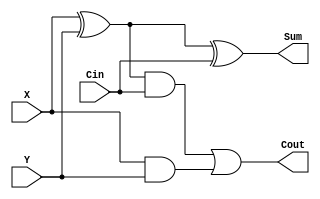
`timescale 1ns / 1ps
//////////////////////////////////////////////////////////////////////////////////
// Company: 
// Engineer: 
// 
// Design Name: 
// Module Name: full_adder
// Project Name: 
// Target Devices: 
// Tool Versions: 
// Description: 
// 
// Dependencies: 
// 
// Revision:
// Revision 0.01 - File Created
// Additional Comments:
// 
//////////////////////////////////////////////////////////////////////////////////


module full_adder (
    input X, input Y, input Cin,
    output Sum, output Cout
);
    wire w0,w1,w2;

    xor xor0(w0,X,Y);
    xor xor1(Sum,w0,Cin);
    and and0(w1,X,Y);
    and and1(w2,w0,Cin);
    or   or0(Cout,w2,w1);
    
endmodule